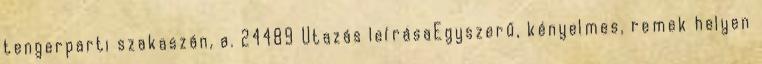
tengerparti szakaszán, a. 24489 Utazás leírásaEgyszerű, kényelmes, remek helyen